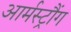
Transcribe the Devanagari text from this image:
आर्मस्ट्रौंग